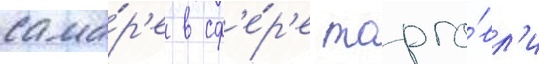
сама́р'е в сф'е́р'е торго́вл'и